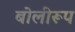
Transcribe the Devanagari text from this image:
बोलीरूप